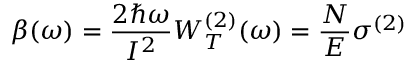
\beta ( \omega ) = { \frac { 2 \hbar \omega } { I ^ { 2 } } } W _ { T } ^ { ( 2 ) } ( \omega ) = { \frac { N } { E } } \sigma ^ { ( 2 ) }